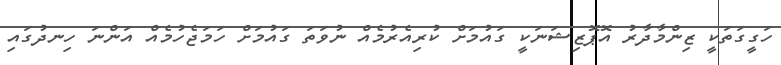
ހަގީގަތަކީ ޒިންމާދާރު އޮޕޮޒިޝަނަކީ ގައުމަށް ކުރިއެރުމެއް ނުވަތަ ގައުމަށް ހަމަޖެހުމެއް އަންނަ ހިނދުގައި